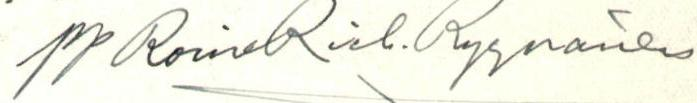
pp Roine Rick. Ryynänen